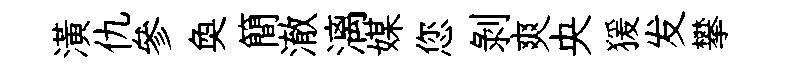
潢仇參奐簡澈漓媒您剝爽央猨发攀